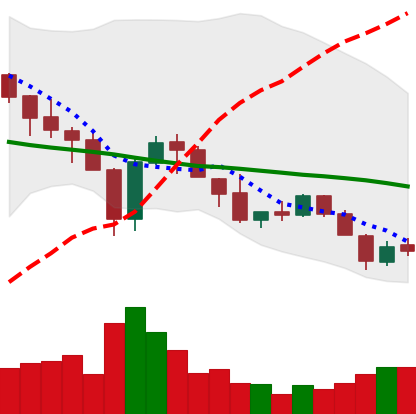
Ticker: XLM-USD
Chart end date: 2018-05-25
Forward return: -3.583%
Label: down_3_5